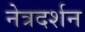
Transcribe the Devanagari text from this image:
नेत्रदर्शन